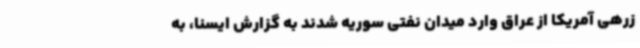
زرهی آمریکا از عراق وارد میدان نفتی سوریه شدند به گزارش ایسنا، به